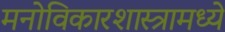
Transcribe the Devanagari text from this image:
मनोविकारशास्त्रामध्ये